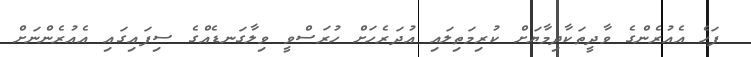
ފަހެ އެއުރެންގެ ވާދީތަކާދިމާޔަށް ކުރިމަތިލައި އުދަރެހަށް ހުރަސްވީ ވިލާގަނޑެއްގެ ސިފައިގައި އެއުރެންނަށް